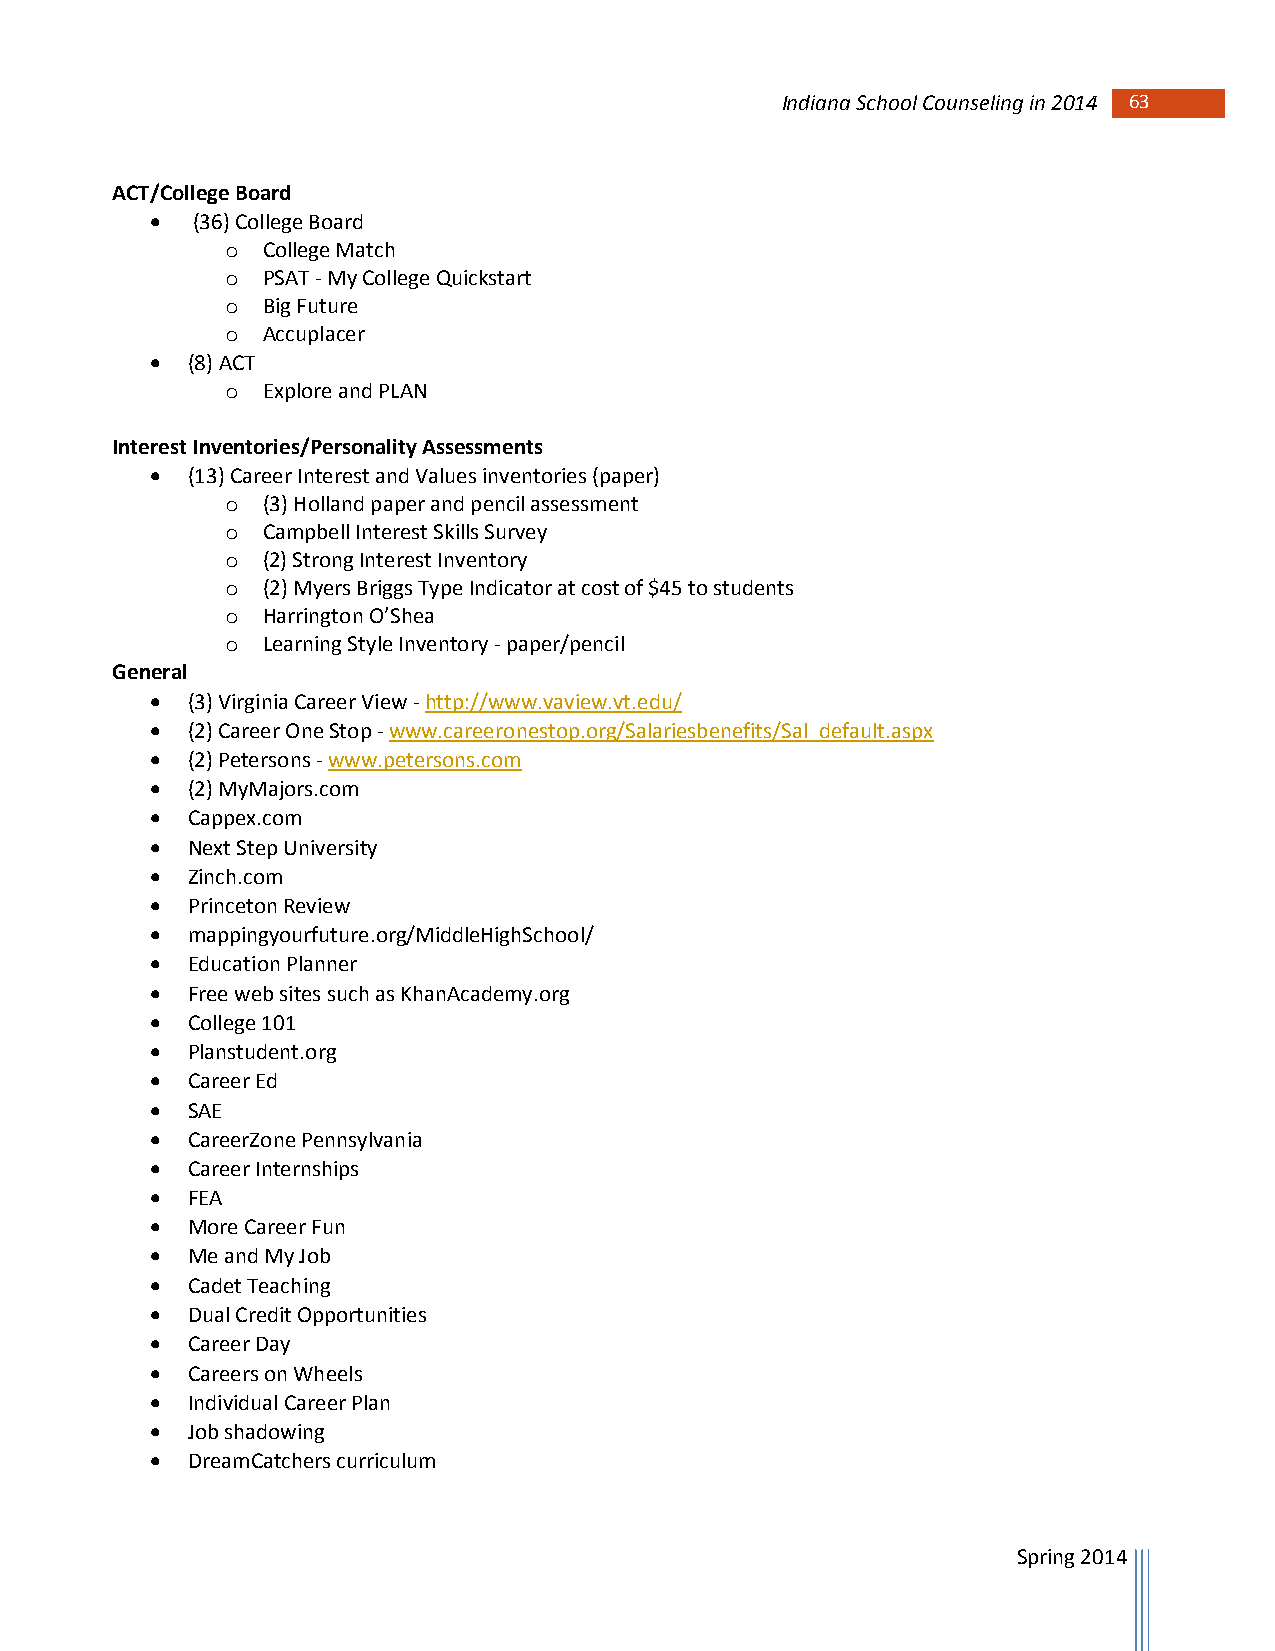
Indiana School Counseling in 2014 63
 ACT/College Board
   (36) College Board
 o College Match
 o PSAT - My College Quickstart
 o Big Future
 o Accuplacer
  (8) ACT
 o Explore and PLAN
 Interest Inventories/Personality Assessments
  (13) Career Interest and Values inventories (paper)
 o (3) Holland paper and pencil assessment
 o Campbell Interest Skills Survey
 o (2) Strong Interest Inventory
 o (2) Myers Briggs Type Indicator at cost of $45 to students
 o Harrington O’Shea
 o Learning Style Inventory - paper/pencil
 General
  (3) Virginia Career View - http://www.vaview.vt.edu/
  (2) Career One Stop - www.careeronestop.org/Salariesbenefits/Sal_default.aspx
  (2) Petersons - www.petersons.com
  (2) MyMajors.com
  Cappex.com
  Next Step University
  Zinch.com
  Princeton Review
  mappingyourfuture.org/MiddleHighSchool/
  Education Planner
  Free web sites such as KhanAcademy.org
  College 101
  Planstudent.org
  Career Ed
  SAE
  CareerZone Pennsylvania
  Career Internships
  FEA
  More Career Fun
  Me and My Job
  Cadet Teaching
  Dual Credit Opportunities
  Career Day
  Careers on Wheels
  Individual Career Plan
  Job shadowing
  DreamCatchers curriculum
 Spring 2014